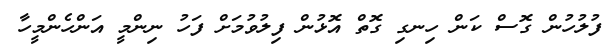
ފުލުހުން ގޮސް ކަން ހިނގި ގޮތް އޮޅުން ފިލުވުމަށް ފަހު ނިންމީ އަންހެންމީހާ